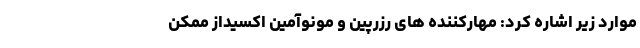
موارد زیر اشاره کرد: مهارکننده های رزرپین و مونوآمین اکسیداز ممکن